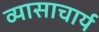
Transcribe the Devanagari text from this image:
व्यासाचार्य